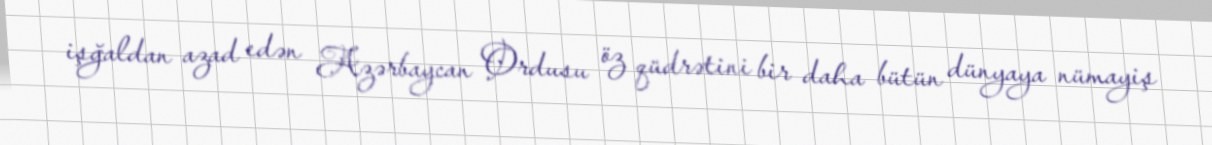
işğaldan azad edən Azərbaycan Ordusu öz qüdrətini bir daha bütün dünyaya nümayiş